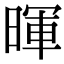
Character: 暉